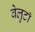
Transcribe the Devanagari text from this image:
वेलुटाॅ